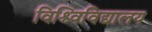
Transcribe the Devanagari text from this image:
विश्व्विविद्यालय